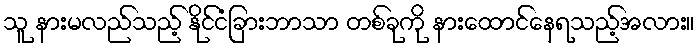
သူ နားမလည်သည့် နိုင်ငံခြားဘာသာ တစ်ခုကို နားထောင်နေရသည့်အလား။